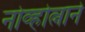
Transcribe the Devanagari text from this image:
नोव्होत्नाने